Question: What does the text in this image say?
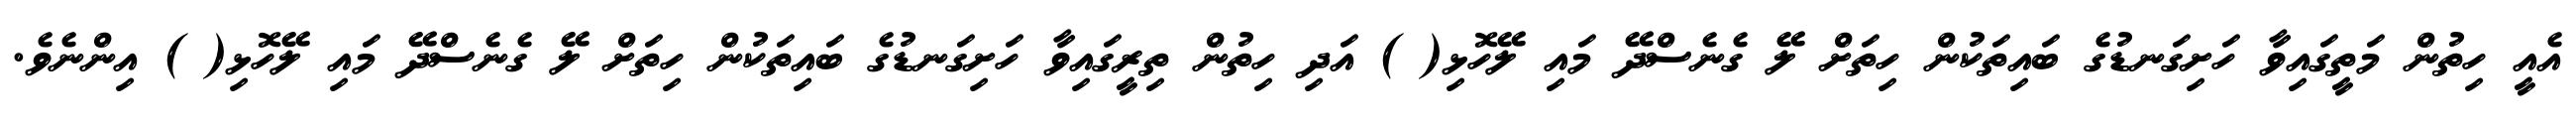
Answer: އެއީ ހިތުން މަތީގައިވާ ހަށިގަނޑުގެ ބައިތަކުން ހިތަށް ލޭ ގެނެސްދޭ މައި ލޭހޮޅި( ) އަދި ހިތުން ތިރީގައިވާ ހަށިގަނޑުގެ ބައިތަކުން ހިތަށް ލޭ ގެނެސްދޭ މައި ލޭހޮޅި( ) އިންނެވެ.